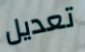
تعديل